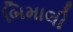
બિમાલી